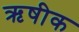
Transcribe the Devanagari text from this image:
ऋषीक